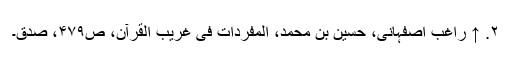
۲. ↑ راغب اصفہانی، حسین بن محمد، المفردات فی غریب القرآن، ص‌۴۷۹، صدق۔